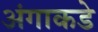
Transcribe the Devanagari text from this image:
अंगाकडे